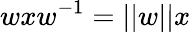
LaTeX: \displaystyle wxw^{-1}=||w||x